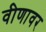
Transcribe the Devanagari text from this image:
वीणावर